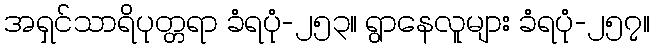
အရှင်သာရိပုတ္တရာ ခံရပုံ-၂၅၃။ ရွာနေလူများ ခံရပုံ-၂၅၇။